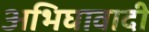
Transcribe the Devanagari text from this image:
अभिघावादी